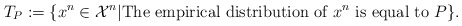
\begin{align*}T_{P}:= \{{x}^n \in {\cal X}^n| \hbox{The empirical distribution of } {x}^n\hbox{ is equal to }P\}.\end{align*}